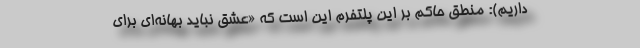
داریم): منطق حاکم بر این پلتفرم این است که «عشق نباید بهانه‌ای برای